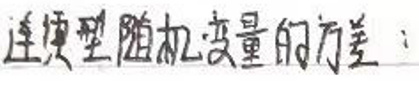
连续型随机变量的方差：